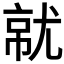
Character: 𡯶